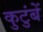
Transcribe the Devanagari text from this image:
कुटुंबें